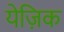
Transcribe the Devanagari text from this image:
येज़िक